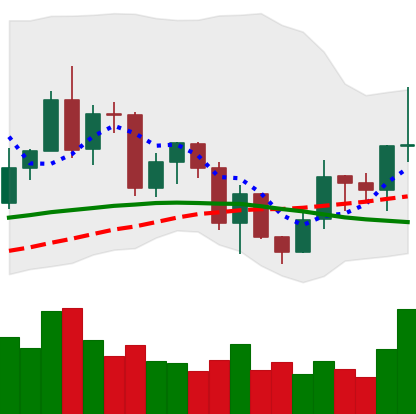
Ticker: LINK-USD
Chart end date: 2020-12-17
Forward return: -4.999%
Label: down_3_5